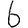
Digit: 6